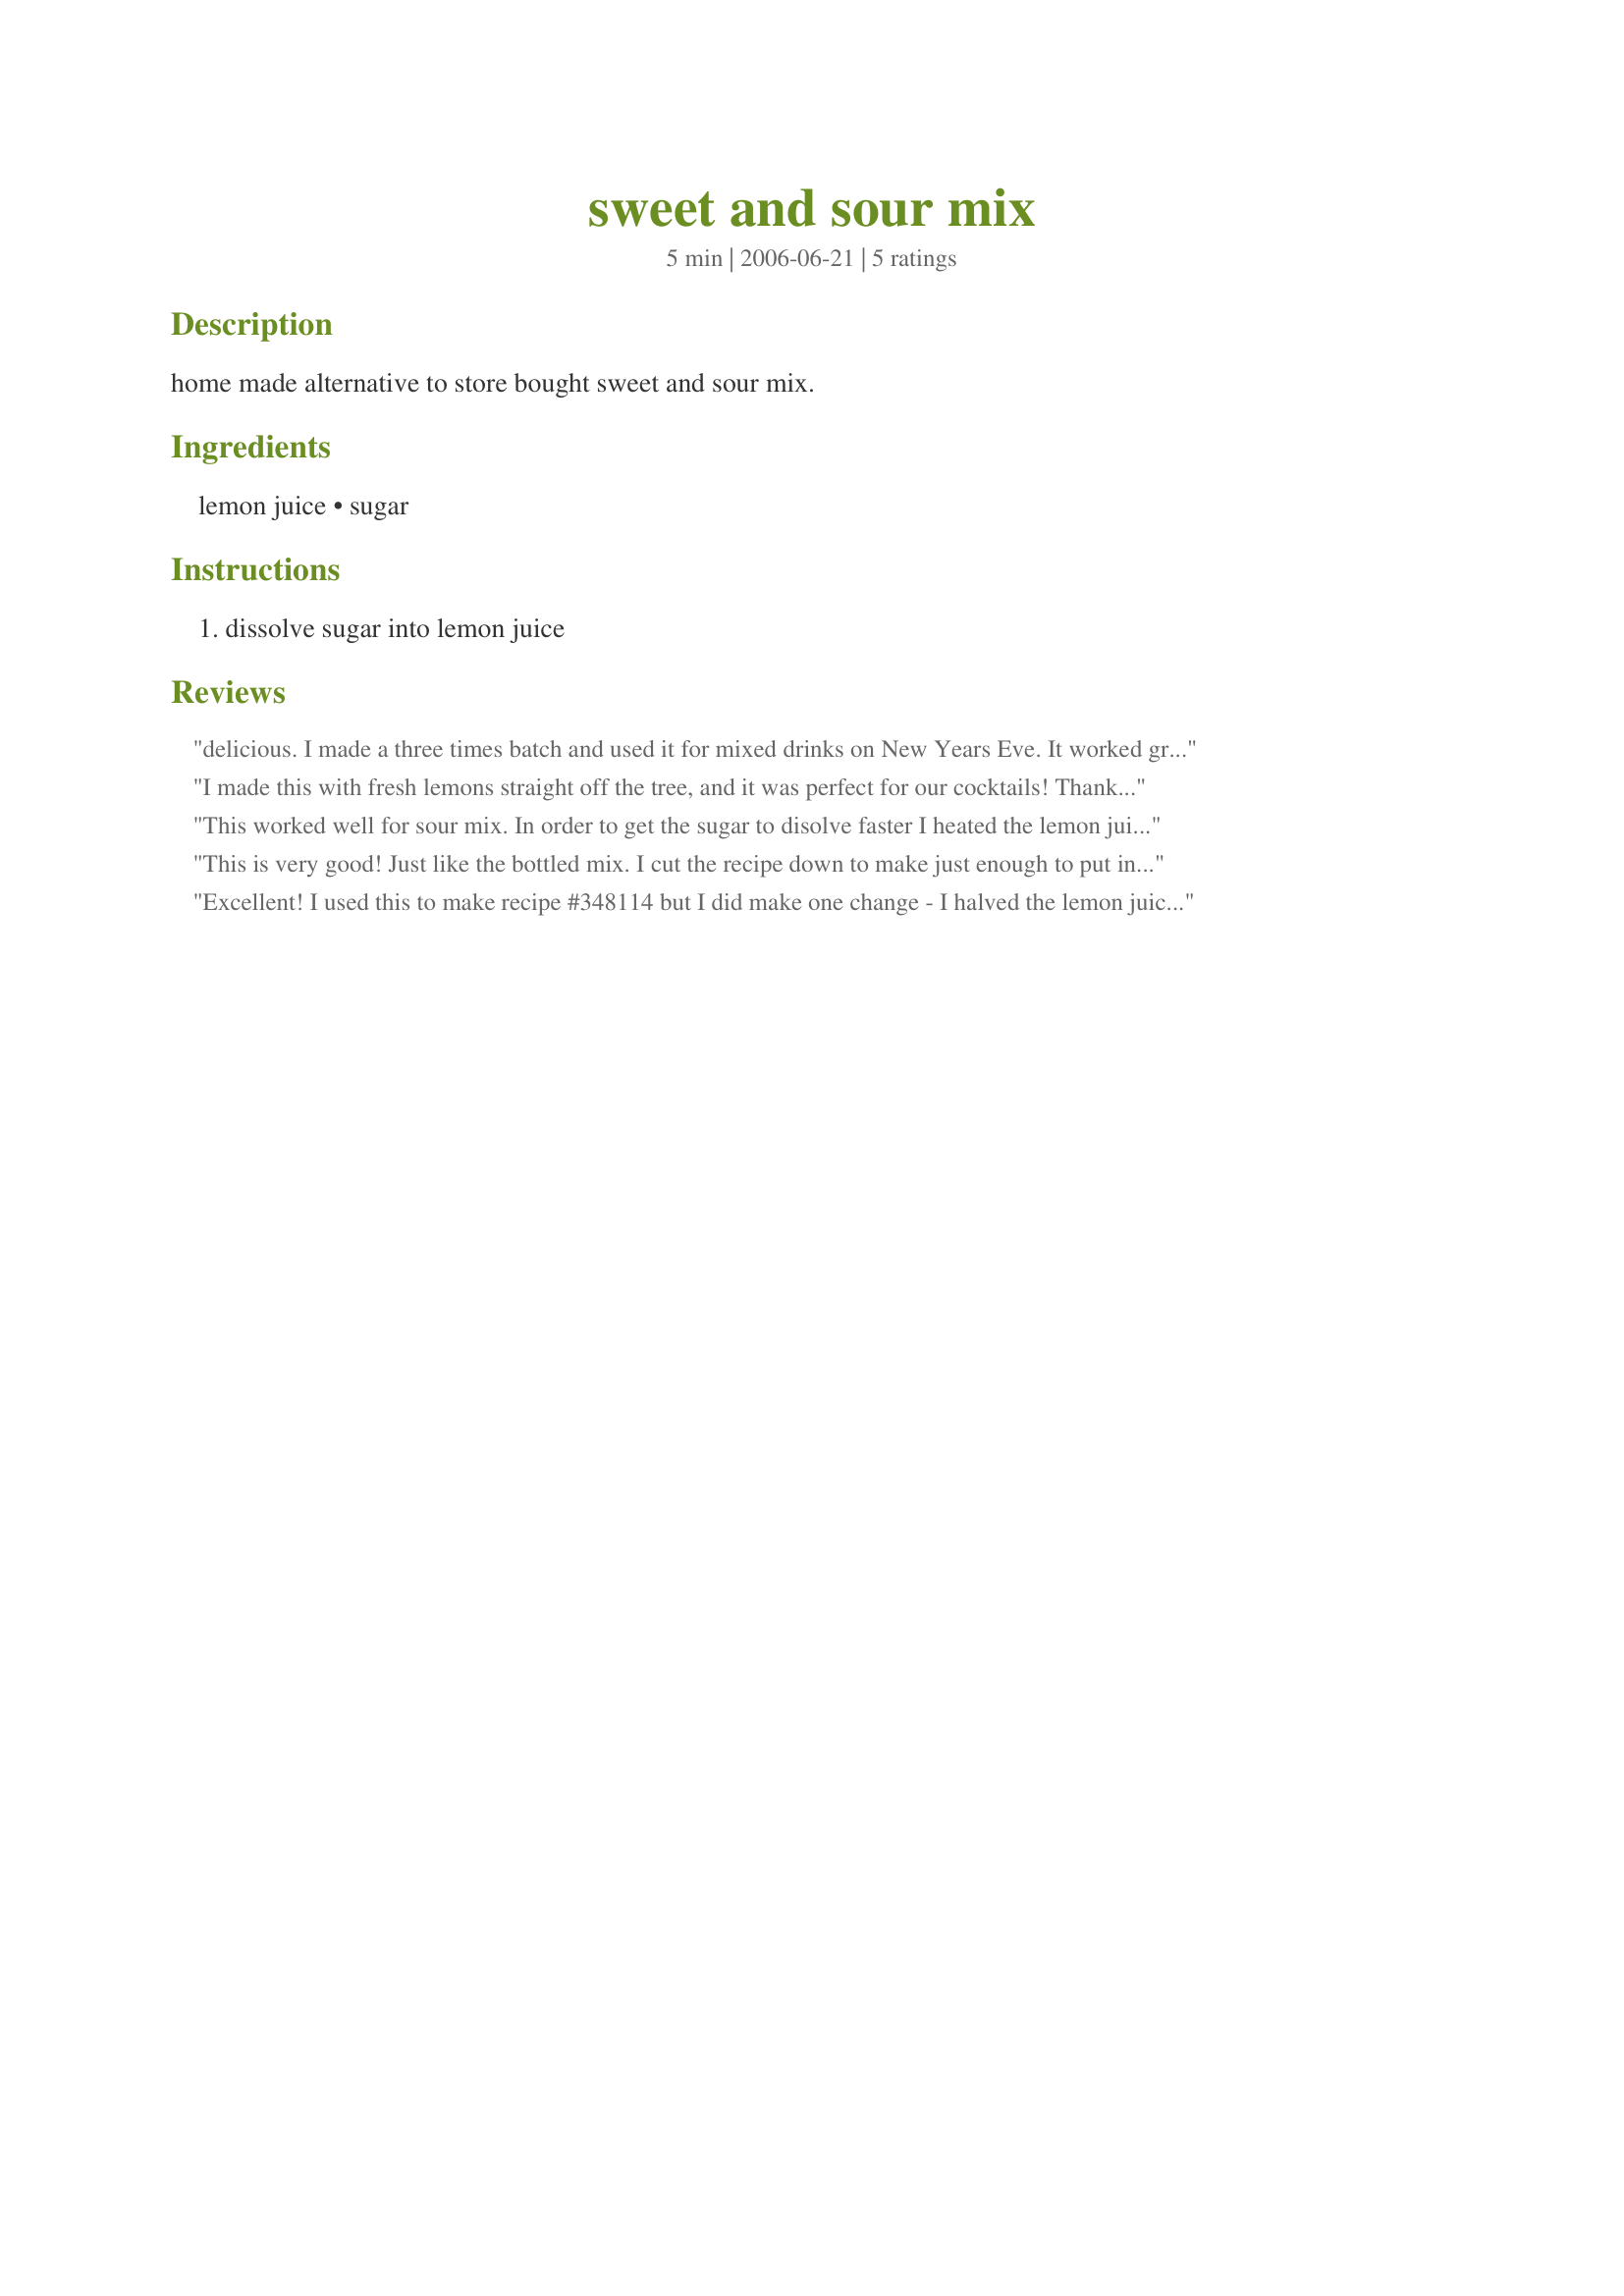
sweet and sour mix
Preparation time: 5 minutes

home made alternative to store bought sweet and sour mix.

Ingredients:
lemon juice, sugar

Steps:
dissolve sugar into lemon juice

Reviews:
delicious. I made a three times batch and used it for mixed drinks on New Years Eve. It worked great. Thank you!
I made this with fresh lemons straight off the tree, and it was perfect for our cocktails! Thanks for posting!
This worked well for sour mix. In order to get the sugar to disolve faster I heated the lemon juice mixture in the microwave. Thanks SLColman, this was great with your Electric Lemonade.
This is very good! Just like the bottled mix. I cut the recipe down to make just enough to put in my Margarita. I might just make this rather than buying the bottled mix. It would save me some money. Thanks for sharing your recipe. This is for the Fall '07 PAC
Excellent! I used this to make recipe #348114 but I did make one change - I halved the lemon juice and used the full amount of sugar (and used superfine sugar). Worked great. Thanks!
